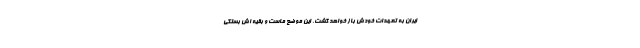
ایران به تعهدات خودش باز خواهد گشت. این موضع ماست و بقیه اش بستگی